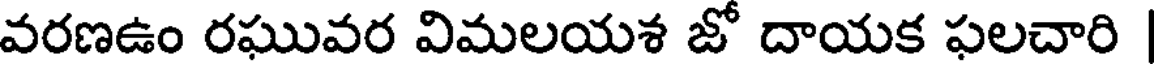
వరణఉం రఘువర విమలయశ జో దాయక ఫలచారి